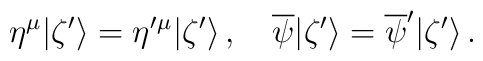
\eta^{\mu}|  \zeta' \rangle=\eta'{}^{\mu}|  \zeta' \rangle\,,\quad\overline{\psi}|  \zeta' \rangle=\overline{\psi}'|  \zeta' \rangle\,.